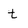
Character: t